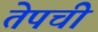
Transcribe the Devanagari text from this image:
तेपची